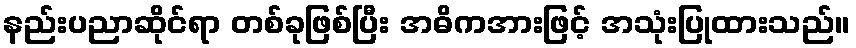
နည်းပညာဆိုင်ရာ တစ်ခုဖြစ်ပြီး အဓိကအားဖြင့် အသုံးပြုထားသည်။